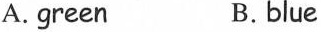
A.green B.blue